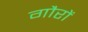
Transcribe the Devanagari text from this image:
गौरों